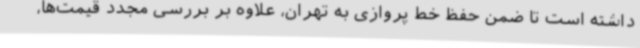
داشته است تا ضمن حفظ خط پروازی به تهران، علاوه بر بررسی مجدد قیمت‌ها،